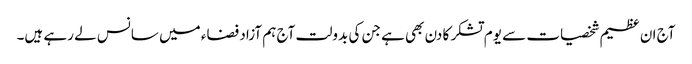
آج ان عظیم شخصیات سے یوم تشکر کا دن بھی ہے جن کی بدولت آج ہم آزاد فضاء میں سانس لے رہے ہیں۔